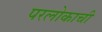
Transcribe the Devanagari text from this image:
परलोकाची